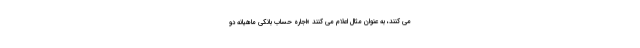
می کنند، به عنوان مثال اعلام می کنند «اجاره حساب بانکی ماهیانه دو